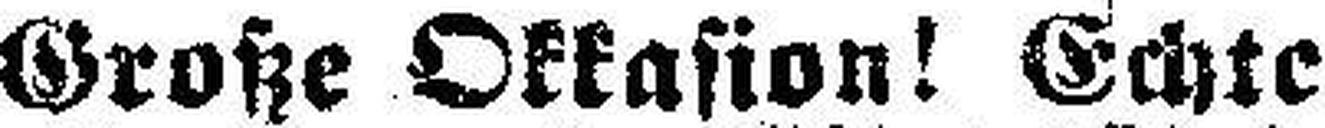
Große Okkasion! Echte